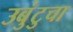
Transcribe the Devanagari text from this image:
उबुंटुचा